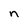
Character: n